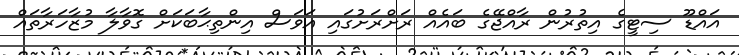
އައްޑޫ ސިޓީގެ އިތުރުން ރާއްޖޭގެ ބައެއް ރަށްރަށުގައި އަވަސް އިންތިޙާބަކަށް ގޮވާލާ މުޒާހަރާތައް